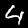
Digit: 4